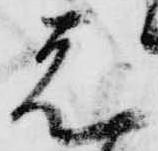
者